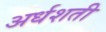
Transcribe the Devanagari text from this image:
अर्धशती